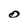
Character: O